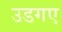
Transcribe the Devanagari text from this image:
उडगए